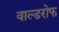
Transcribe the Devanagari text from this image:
वाल्डरोफ